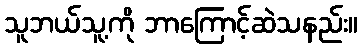
သူဘယ်သူ့ကို ဘာကြောင့်ဆဲသနည်း။